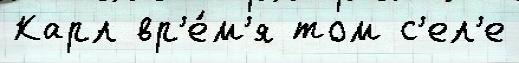
Карл вр'е́м'я том с'ел'е